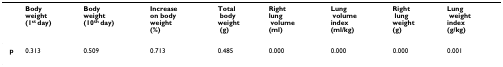
|  | Body weight(1st day) | Body weight(10th day) | Increaseon bodyweight(%) | Total body weight (g) | Rightlung  volume (ml) | Lung volume index(ml/kg) | Right lung weight (g) | Lung weight index(g/kg) |
 | --- | --- | --- | --- | --- | --- | --- | --- | --- |
 | p | 0.313 | 0.509 | 0.713 | 0.485 | 0.000 | 0.000 | 0.000 | 0.001 |